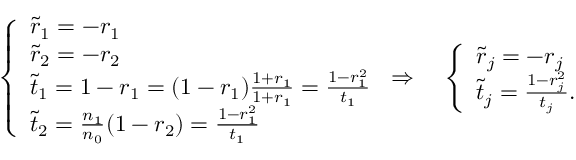
\left\{ \begin{array} { l l } { \tilde { r } _ { 1 } = - r _ { 1 } } \\ { \tilde { r } _ { 2 } = - r _ { 2 } } \\ { \tilde { t } _ { 1 } = 1 - r _ { 1 } = ( 1 - r _ { 1 } ) \frac { 1 + r _ { 1 } } { 1 + r _ { 1 } } = \frac { 1 - r _ { 1 } ^ { 2 } } { t _ { 1 } } } \\ { \tilde { t } _ { 2 } = \frac { n _ { 1 } } { n _ { 0 } } ( 1 - r _ { 2 } ) = \frac { 1 - r _ { 1 } ^ { 2 } } { t _ { 1 } } } \end{array} \right. \Rightarrow \quad \left\{ \begin{array} { l l } { \tilde { r } _ { j } = - r _ { j } } \\ { \tilde { t } _ { j } = \frac { 1 - r _ { j } ^ { 2 } } { t _ { j } } . } \end{array} \right.